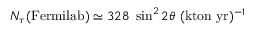
N _ { \tau } ( \mathrm { F e r m i l a b } ) \simeq 3 2 8 ~ \sin ^ { 2 } 2 \theta ~ ( \mathrm { k t o n } ~ \mathrm { y r } ) ^ { - 1 }